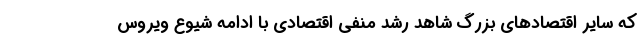
که سایر اقتصاد‌های بزرگ شاهد رشد منفی اقتصادی با ادامه شیوع ویروس